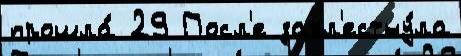
прошла́ 29 Посл'е захл'естну́ла